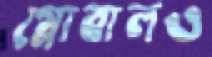
গ্লোবালও